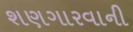
શણગારવાની